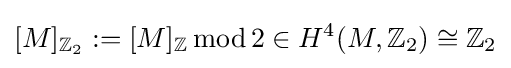
[M]_{\mathbb {Z} _{2}}:=[M]_{\mathbb {Z} }\operatorname {mod} 2\in H^{4}(M,\mathbb {Z} _{2})\cong \mathbb {Z} _{2}